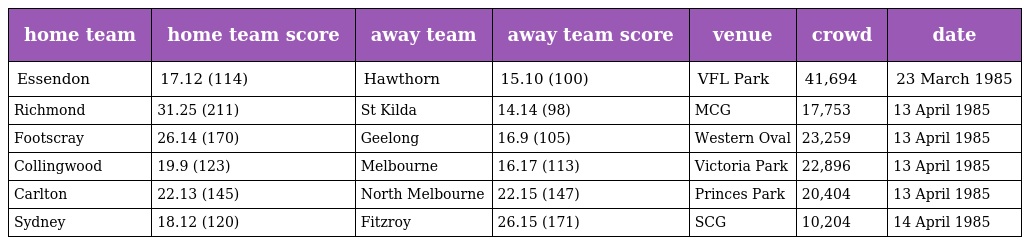
| home team | home team score | away team | away team score | venue | crowd | date |
 | --- | --- | --- | --- | --- | --- | --- |
 | Essendon | 17.12 (114) | Hawthorn | 15.10 (100) | VFL Park | 41,694 | 23 March 1985 |
 | Richmond | 31.25 (211) | St Kilda | 14.14 (98) | MCG | 17,753 | 13 April 1985 |
 | Footscray | 26.14 (170) | Geelong | 16.9 (105) | Western Oval | 23,259 | 13 April 1985 |
 | Collingwood | 19.9 (123) | Melbourne | 16.17 (113) | Victoria Park | 22,896 | 13 April 1985 |
 | Carlton | 22.13 (145) | North Melbourne | 22.15 (147) | Princes Park | 20,404 | 13 April 1985 |
 | Sydney | 18.12 (120) | Fitzroy | 26.15 (171) | SCG | 10,204 | 14 April 1985 |